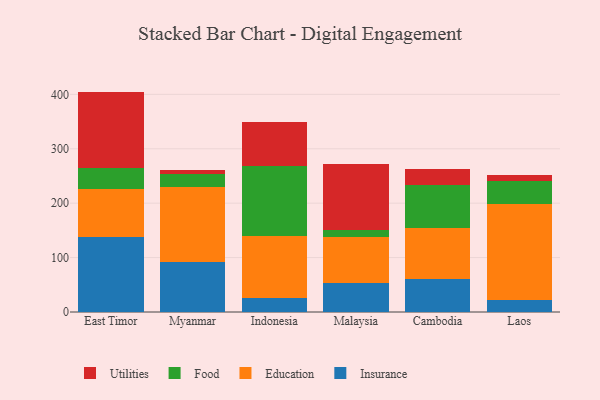
{"axis": {"x": "Country", "y": "Budget (USD K)"}, "legend": ["Education", "Food", "Insurance", "Utilities"], "data": [{"x": "East Timor", "y": 138.3, "type": "Insurance"}, {"x": "East Timor", "y": 88.0, "type": "Education"}, {"x": "East Timor", "y": 38.9, "type": "Food"}, {"x": "East Timor", "y": 139.9, "type": "Utilities"}, {"x": "Myanmar", "y": 92.0, "type": "Insurance"}, {"x": "Myanmar", "y": 138.1, "type": "Education"}, {"x": "Myanmar", "y": 23.7, "type": "Food"}, {"x": "Myanmar", "y": 6.3, "type": "Utilities"}, {"x": "Indonesia", "y": 26.2, "type": "Insurance"}, {"x": "Indonesia", "y": 113.0, "type": "Education"}, {"x": "Indonesia", "y": 130.0, "type": "Food"}, {"x": "Indonesia", "y": 80.5, "type": "Utilities"}, {"x": "Malaysia", "y": 53.4, "type": "Insurance"}, {"x": "Malaysia", "y": 84.3, "type": "Education"}, {"x": "Malaysia", "y": 12.2, "type": "Food"}, {"x": "Malaysia", "y": 121.6, "type": "Utilities"}, {"x": "Cambodia", "y": 60.0, "type": "Insurance"}, {"x": "Cambodia", "y": 94.4, "type": "Education"}, {"x": "Cambodia", "y": 78.6, "type": "Food"}, {"x": "Cambodia", "y": 29.9, "type": "Utilities"}, {"x": "Laos", "y": 22.5, "type": "Insurance"}, {"x": "Laos", "y": 176.5, "type": "Education"}, {"x": "Laos", "y": 40.9, "type": "Food"}, {"x": "Laos", "y": 11.3, "type": "Utilities"}]}